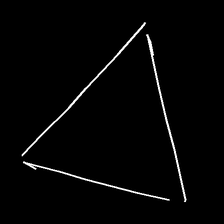
Glyph: convergence